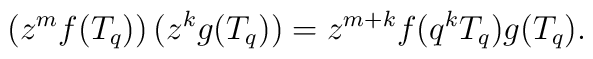
\left(  z^m f ( T_q )  \right) ( z^k g ( T_q ) ) =  z^{m + k} f ( q^k T_q ) g ( T_q ).